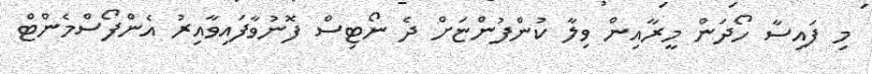
މި ފައިސާ ހޯދަން މީރާއިން ވިލާ ކުންފުންޏަށް ދެ ނޯޓިސް ފޮނުވާފައިވާއިރު އެންފޯސްމެންޓް